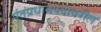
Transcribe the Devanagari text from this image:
पंतप्रधानपदावरील